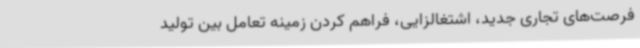
فرصت‌های تجاری جدید، اشتغالزایی، فراهم کردن زمینه تعامل بین تولید